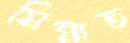
মিন্নাত